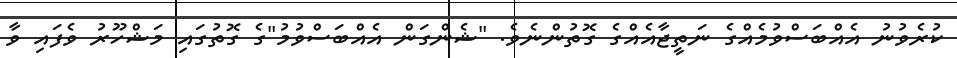
ކުރެވުނު އެއްބަސްވުމެއްގެ ނަތީޖާއެއްގެ ގޮތުންނެވެ. "ޝެންގަން އެއްބަސްވުމު"ގެ ގޮތުގައި މަޝްހޫރު ވެފައި ވާ